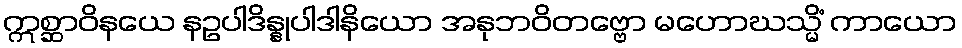
ဣစ္ဆာဝိနယေ နဥပါဒိန္နုပါဒါနိယော အနုဘဝိတဗ္ဗော မဟောဃသ္မိံ ကာယော